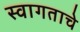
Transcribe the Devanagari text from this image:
स्वागताचे